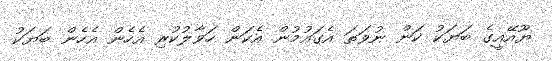
ޔޫއޭއީގެ ބަޔަކު ކަން ނުވަތަ އެގައުމުން އެކަން ހަވާލުކުރި އެހެން އެހެން ބަޔަކު